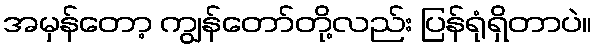
အမှန်တော့ ကျွန်တော်တို့လည်း ပြန်ရုံရှိတာပဲ။